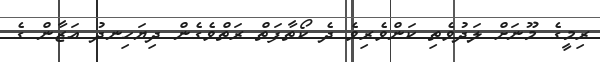
ރިމީގެ މޫނަށް ލަދުވެތި ކަންވެރިވެ ދެ ކޯތާފަތް ރަތްވެގެން ދިޔަހިނދު އަޒާން ގެ